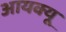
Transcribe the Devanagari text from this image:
आयक्यू